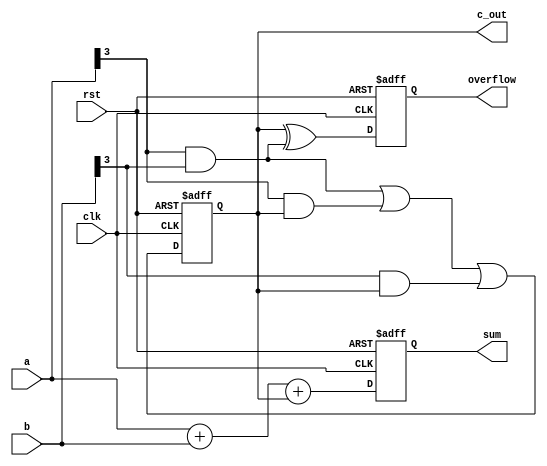
module carry_detect_adder (
    input wire clk,
    input wire rst,
    input wire [3:0] a,
    input wire [3:0] b,
    output wire [3:0] sum,
    output wire c_out,
    output wire overflow
);

reg [3:0] sum_reg;
reg c_out_reg;
reg overflow_reg;

always @(posedge clk or posedge rst) begin
    if (rst) begin
        sum_reg <= 4'b0000;
        c_out_reg <= 1'b0;
        overflow_reg <= 1'b0;
    end else begin
        sum_reg <= a + b + c_out_reg;
        c_out_reg <= (a[3] & b[3]) | (a[3] & c_out_reg) | (b[3] & c_out_reg);
        overflow_reg <= c_out_reg ^ (a[3] & b[3]);
    end
end

assign sum = sum_reg;
assign c_out = c_out_reg;
assign overflow = overflow_reg;

endmodule